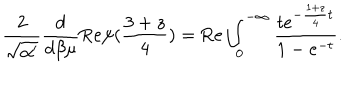
\frac { 2 } { \sqrt { \alpha ^ { \prime } } } \frac { d } { d \beta \mu } \mathrm { R e } \psi ( \frac { 3 + z } { 4 } ) = \mathrm { R e } \int _ { 0 } ^ { - \infty } \frac { t e ^ { - \frac { 1 + z } { 4 } t } } { 1 - e ^ { - t } } .